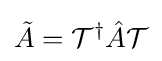
{\tilde {A}}={\mathcal {T}}^{\dagger }{\hat {A}}{\mathcal {T}}